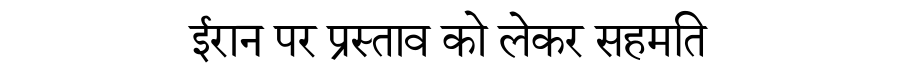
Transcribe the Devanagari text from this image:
ईरान पर प्रस्ताव को लेकर सहमति